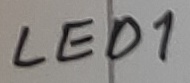
Text: LED1